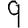
Digit: 9